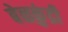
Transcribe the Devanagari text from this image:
बेळकुंद्री